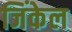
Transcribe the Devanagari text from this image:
जिंकेल